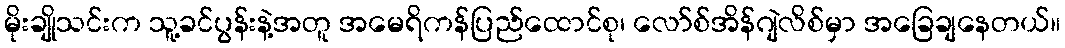
မိုးချိုသင်းက သူ့ခင်ပွန်းနဲ့အတူ အမေရိကန်ပြည်ထောင်စု၊ လော်စ်အိန်ဂျဲလိစ်မှာ အခြေချနေတယ်။